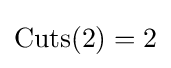
{\text{Cuts}}(2)=2